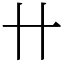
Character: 卄